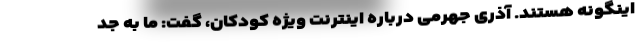
اینگونه هستند. آذری جهرمی درباره اینترنت ویژه کودکان، گفت: ما به جد